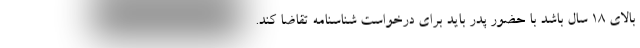
بالای ۱۸ سال باشد با حضور پدر باید برای درخواست شناسنامه تقاضا کند.